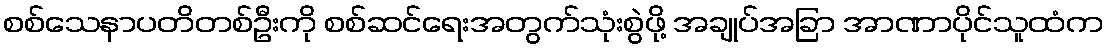
စစ်သေနာပတိတစ်ဦးကို စစ်ဆင်ရေးအတွက်သုံးစွဲဖို့ အချုပ်အခြာ အာဏာပိုင်သူထံက